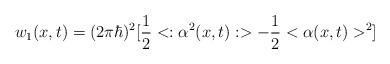
LaTeX: \begin{align*}w_1 (x,t) = (2\pi\hbar)^2 [{1\over2}<:\alpha^2(x,t):> -{1\over2}<\alpha (x,t)>^2]\end{align*}